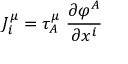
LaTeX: J _ { i } ^ { \mu } = \tau _ { A } ^ { \mu } \; \frac { \partial \varphi ^ { A } } { \partial x ^ { i } }